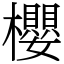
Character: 櫻